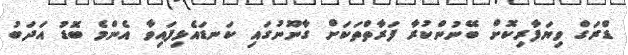
ޑްރަގް ވިޔަފާރިކޮށް ބޭނުންކުރާ ފަރާތްތަކަށް ގާނޫނުގައި ކަނޑައެޅިފައިވާ އެންމެ ބޮޑު އަދަބު